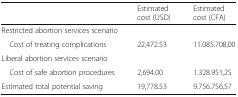
|  | Estimated cost (USD) | Estimated cost (CFA) |
 | --- | --- | --- |
 | <COLSPAN=3> Restricted abortion services scenario |
 | Cost of treating complications | 22,472.53 | 11.085.708,00 |
 | Liberal abortion services scenario |  |  |
 | Cost of safe abortion procedures | 2,694.00 | 1.328.951,25 |
 | Estimated total potential saving | 19,778.53 | 9.756.756,57 |